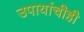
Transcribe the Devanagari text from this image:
उपायांचीही